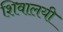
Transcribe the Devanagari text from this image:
शिवालयी